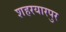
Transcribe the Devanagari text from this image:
शहरयारपुर